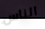
الناس